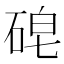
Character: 𱴈